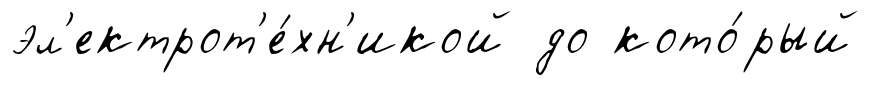
эл'ектрот'е́хн'икой до кото́рый